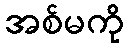
အစ်မကို